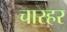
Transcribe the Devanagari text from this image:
चारहर